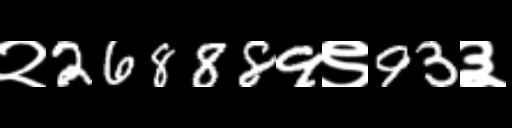
Text: २268889९93३